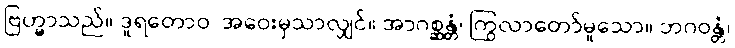
ဗြဟ္မာသည်။ ဒူရတောဝ၊ အဝေးမှသာလျှင်။ အာဂစ္ဆန္တံ၊ ကြွလာတော်မူသော။ ဘဂဝန္တံ၊